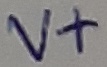
Text: V+